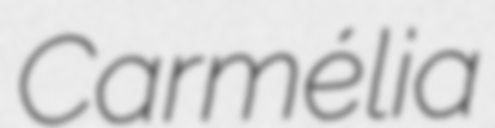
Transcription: Carmélia